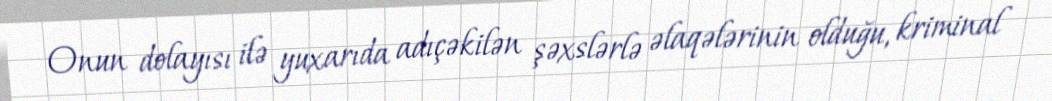
Onun dolayısı ilə yuxarıda adıçəkilən şəxslərlə əlaqələrinin olduğu, kriminal